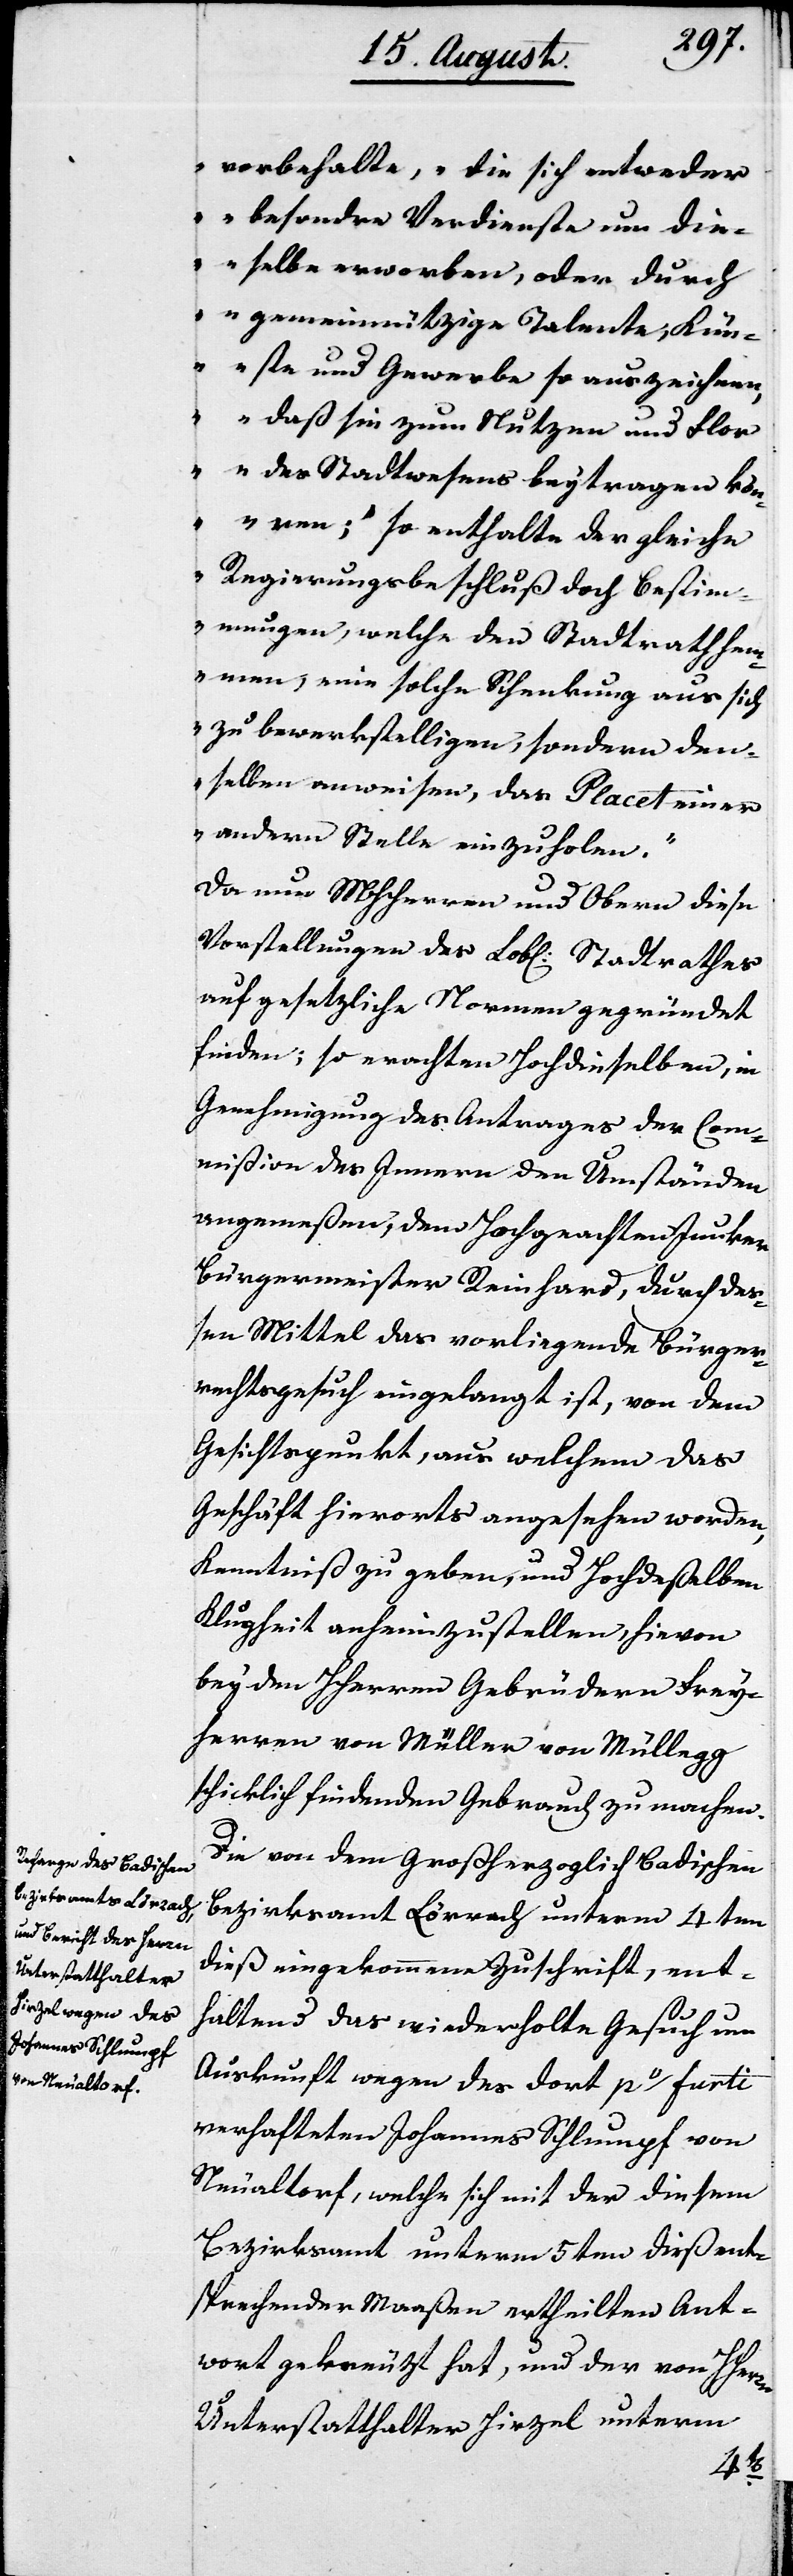
vorbehalte, „die sich entweder
besondere Verdienste um die¬
selbe erworben, oder durch
gemeinnützige Talente, Kün¬
ste und Gewerbe so auszeichnen,
daß sie zum Nutzen und Flor
des Stadtwesens beytragen kön¬
nen;“ so enthalte der gleiche
Regierungsbeschluß doch Bestim¬
mungen, welche den Stadtrath hem¬
men, eine solche Schenkung aus sich
zu bewerkstelligen, sondern den¬
selben anweisen, das Placet einer
andern Stelle einzuholen.“
Da nun MHHerren und Obern diese
Vorstellungen des Lobl. Stadtrathes
auf gesetzliche Normen gegründet
finden, so erachten Hochdieselben, in
Genehmigung des Antrags der Com¬
mißion des Innern den Umständen
angemeßen, dem Hochgeachten Junker
Burgermeister Reinhard, durch deß¬
en Mittel das vorliegende Bürger¬
rechtsgesuch eingelangt ist, von dem
Gesichtspunkt, aus welchem das
Geschäft hierorts angesehen worden,
Kenntniß zu geben und Hochdeßelben
Klugheit anheimzustellen, hievon
bey den HHerren Gebrüdern Frey¬
herren von Müller von Müllegg
schicklich findenden Gebrauch zu machen.
Die von dem Großherzoglich Baadischen
Bezirksamt Lörrach unterm 4ten
dieß eingekommene Zuschrift, ent¬
haltend das wiederholte Gesuch um
Auskunft wegen des dort per furti
verhafteten Johannes Schlumpf von
Neualtorf, welche sich mit der diesem
Bezirksamt unterm 5ten dieß ent¬
sprechender Maaßen ertheilten Ant¬
wort gekreuzt hat, und der von HHerrn
Unterstatthalter Hirzel unterm